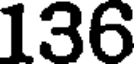
136